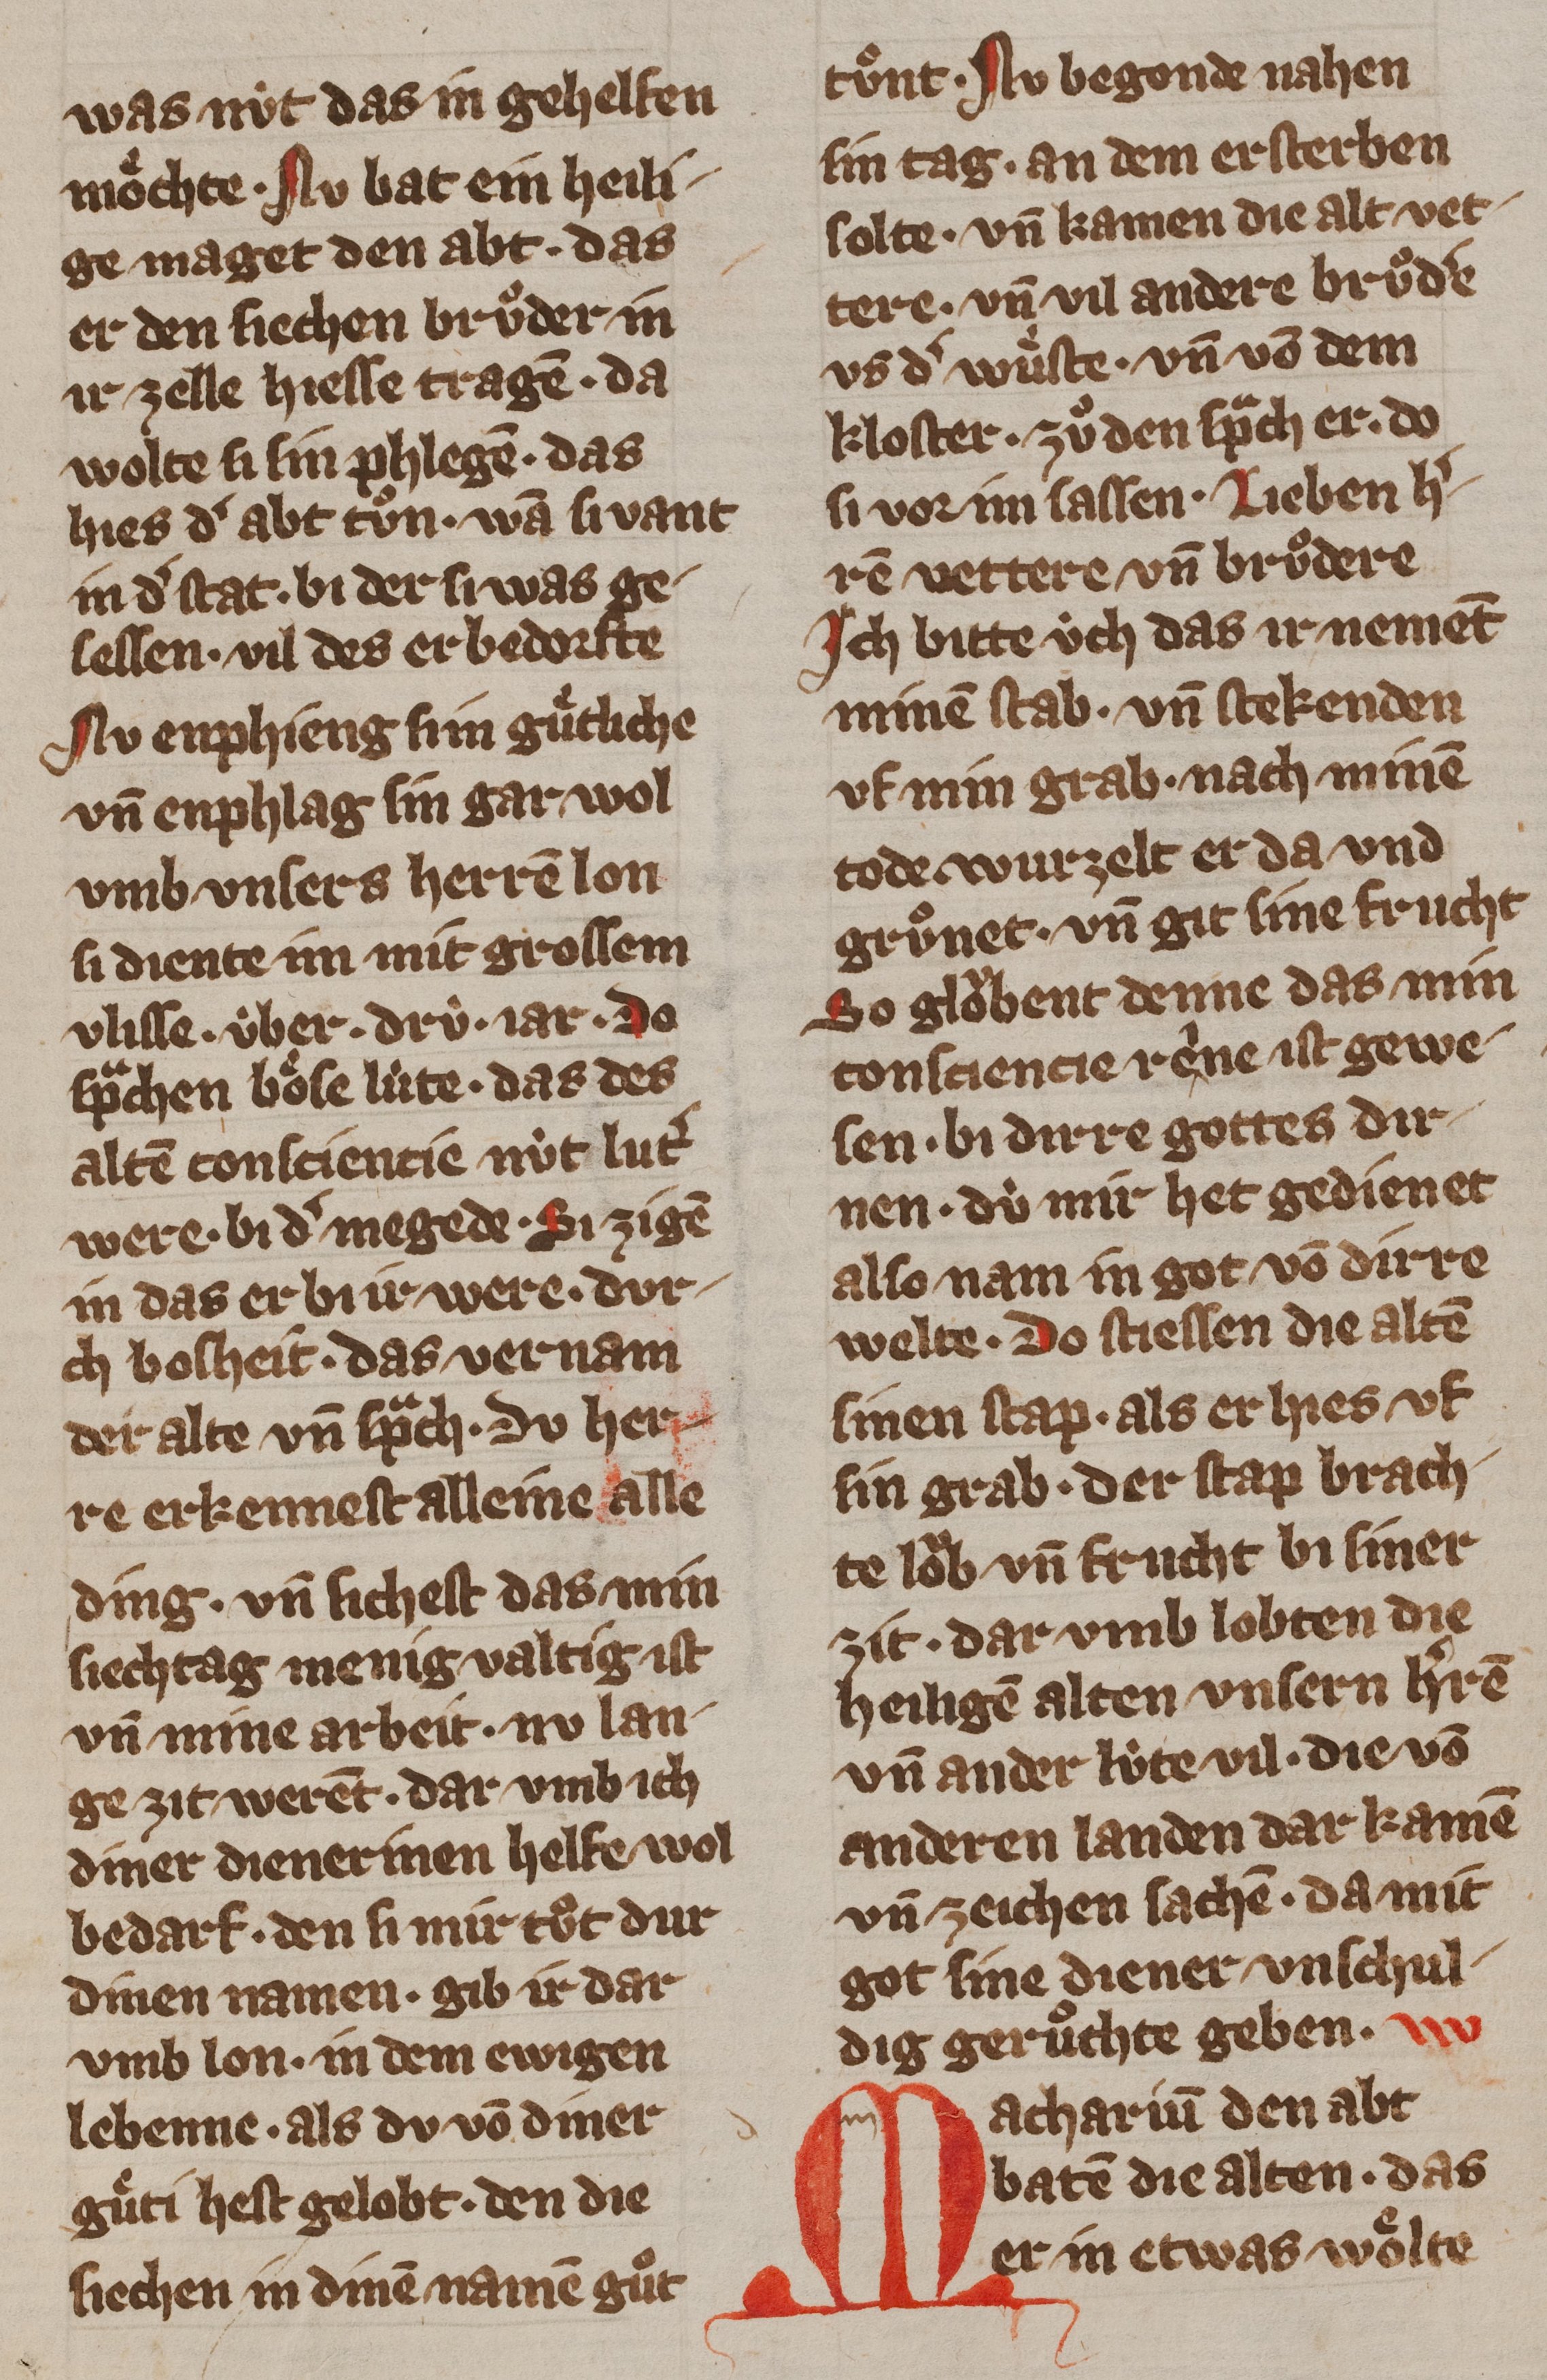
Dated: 1355–1385